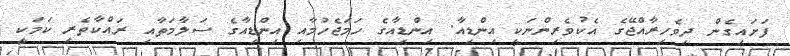
ފަށައިގެން ދިވެހިރާއްޖޭގެ އެކުވެރިންނަކީ އިންޑިއާ. އިންޑިއާގެ ހަމަޖެހުމާއި އިންޑިއާގެ ސަލާމަތާއި ރައްކާތެރި ކަމަކީ